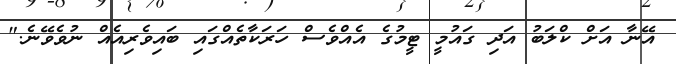
އޭނާ އަށް ކްލަބު އަދި ގައުމީ ޓީމުގެ އެއްވެސް ހަރަކާތެއްގައި ބައިވެރިއެއް ނުވެވޭނެ."